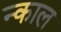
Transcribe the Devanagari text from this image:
न्काल